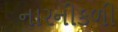
નારનીકળી